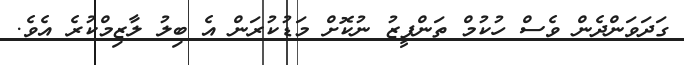
ގަދަވަންދެން ވެސް ހުކުމް ތަންފީޒު ނުކޮށް މަޑުކުރަން އެ ބިލު ލާޒިމްކުރެ އެވެ.